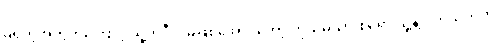
မရှိတဲ့အတွက်ကြောင့် သူ့ကိုဒီလိုမဖြစ်အောင်တော့ ကိုယ့်မိသားစုရော သူ့နဲ့ ပတ်သက်တဲ့